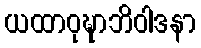
ယထာဝုဍ္ဎာဘိဝါဒနာ